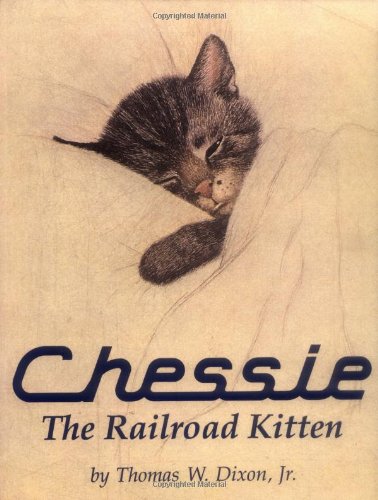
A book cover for Chessie: The Railroad Kitten; Thomas Dixon; Arts & Photography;